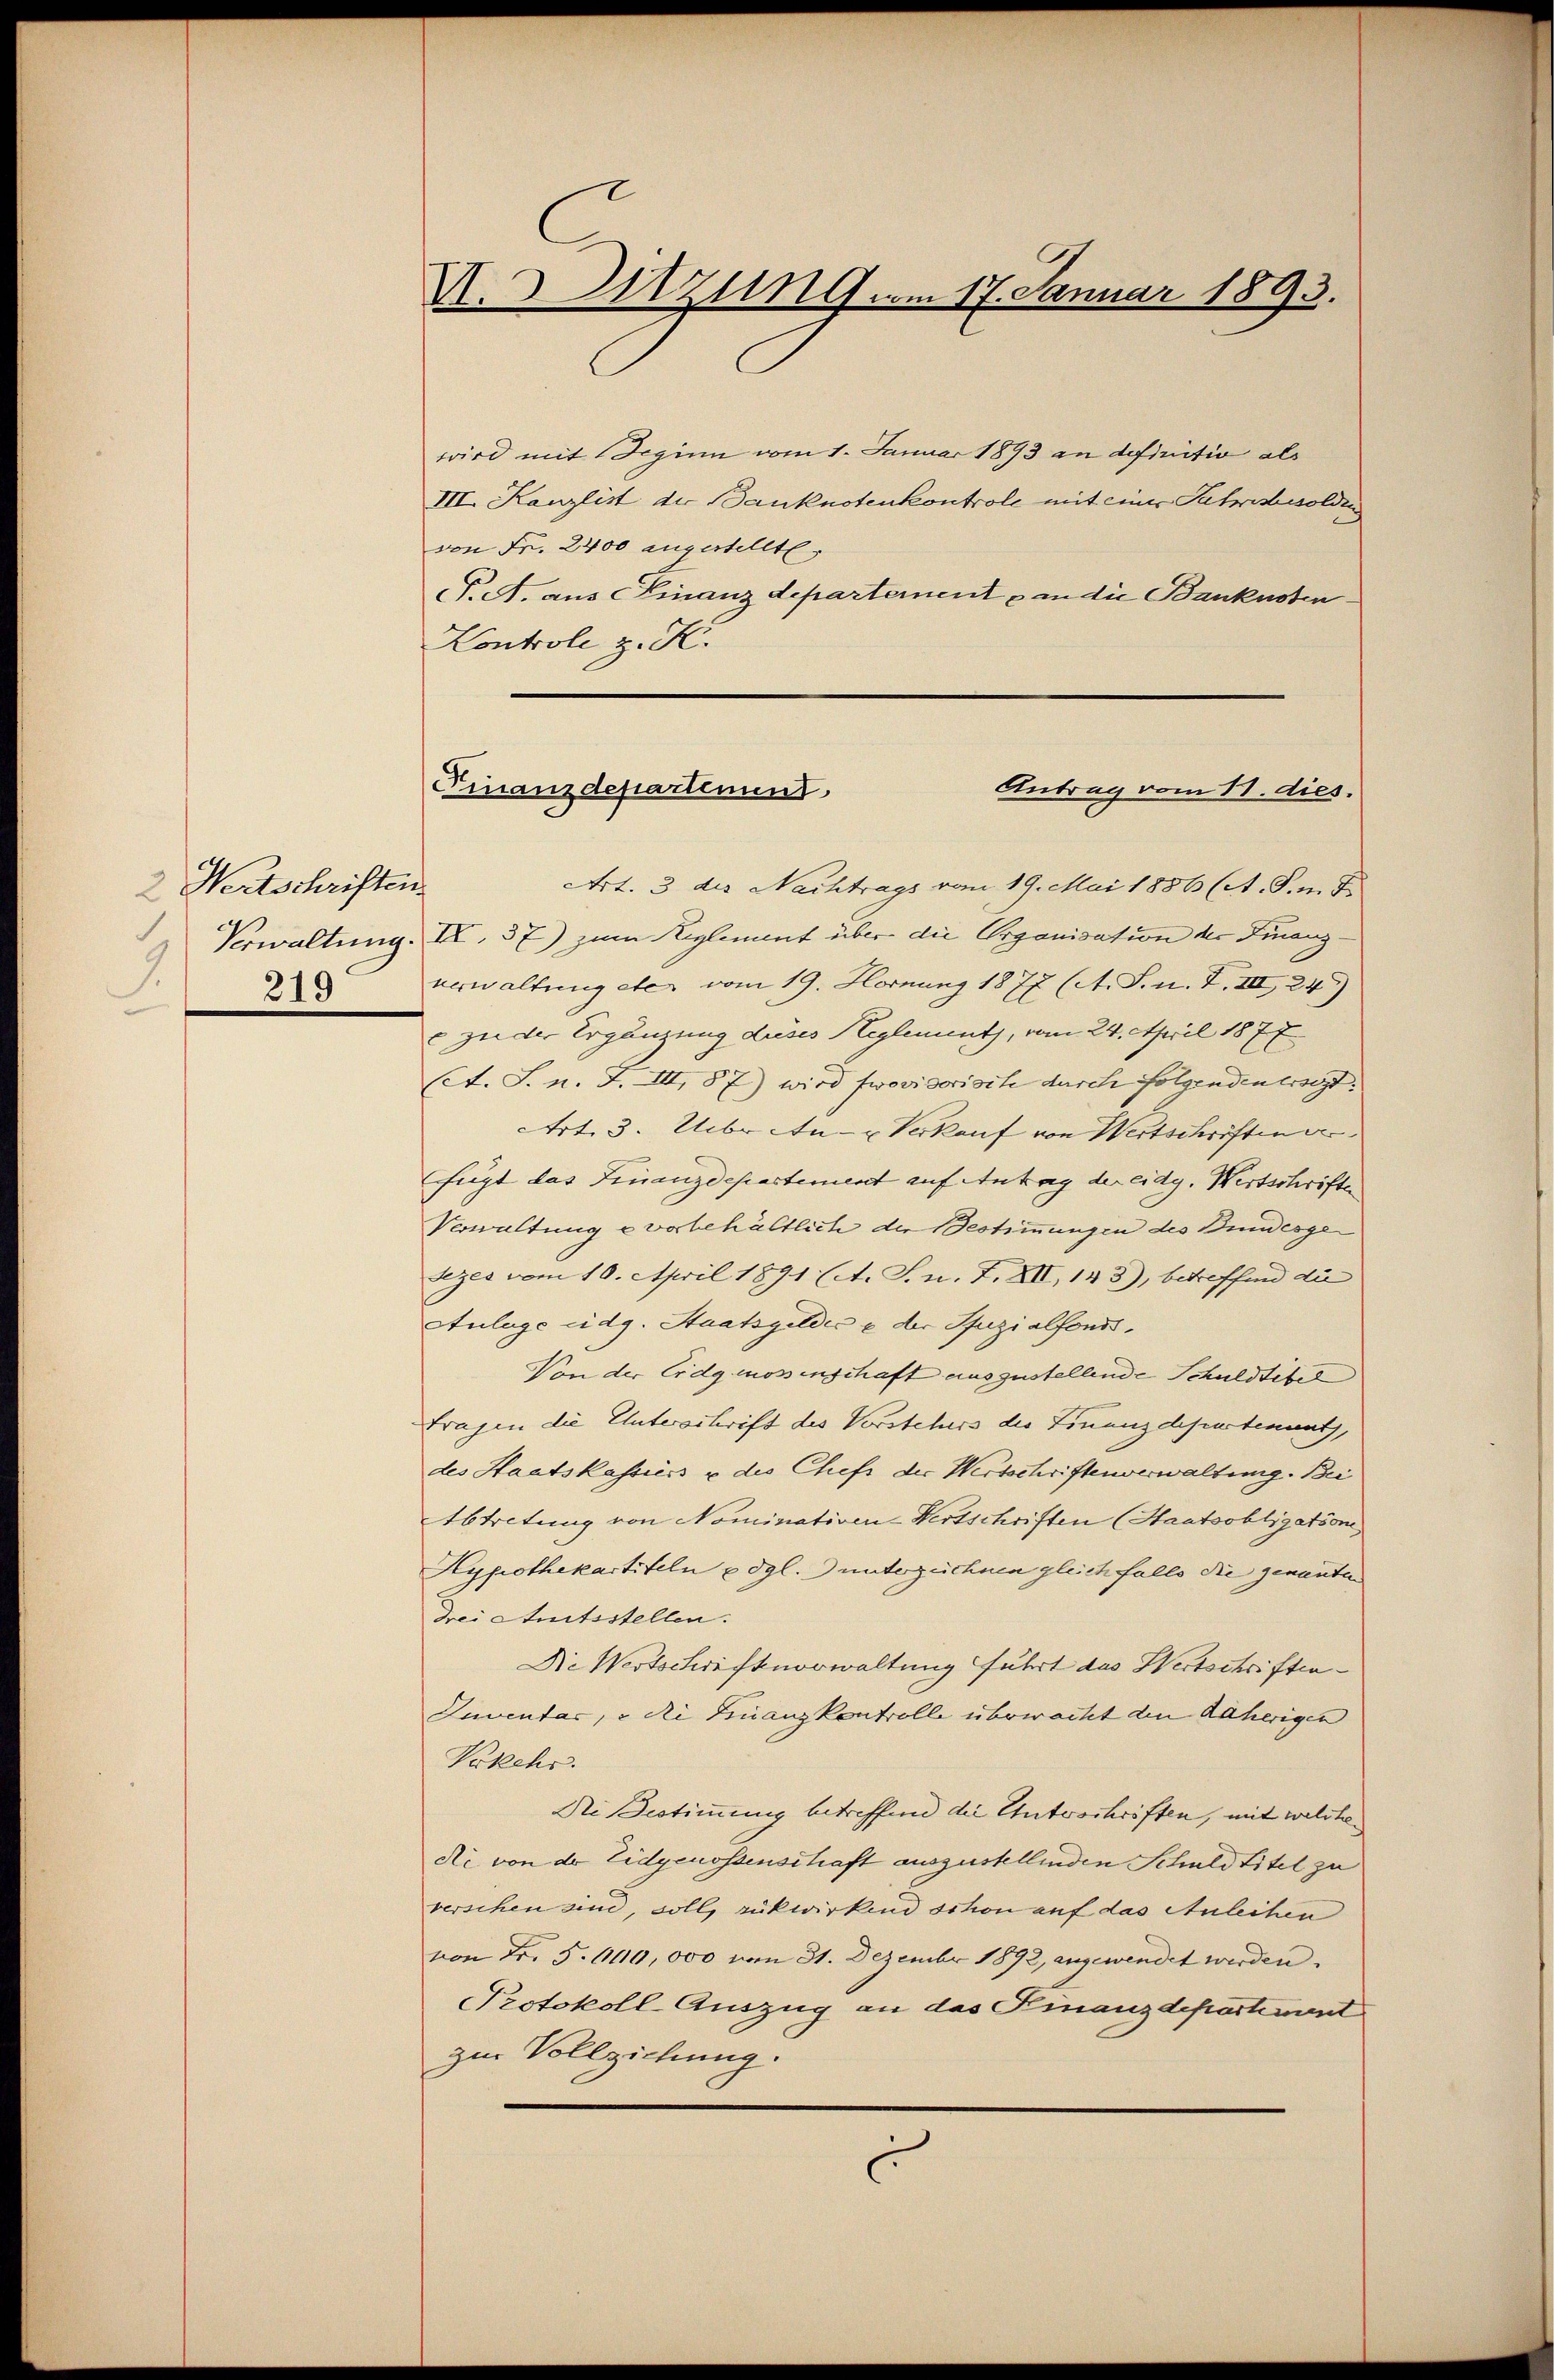
2 Wertschriften

wird mit Deginn vom 1. Januar 1893 an definitiv als
III. Kanzlist der Banknotenkontrole mit einer Jahresbesoldun
von Fr. 2400 angestellte.
T. A. aus Finanzdepartement & an die Banknoten
Kontrole z. K.

Art. 3 des Nachtrags vom 19. Mai 1886 (A. S. m. F
Verwaltung. I, 37) zum Reglement über die Organisation der Finanz¬
2 verwaltung etc. vom 19. Hornung 1877 (A. S. n. F. III 243)
c zu der Ergänzung dieses Heglement, vom 24. April 1877
(ct. S. n. F. III, 87) wird frovisorische durch folgenden erst
Art. 3. Ueber An- Verkauf von Wertschriften g
fügt das Finanzdepartement auf Antrag der eidg. Wirtschrifte
Verwaltung e vorbehältlich die Bestimmungen des Bundesge
Lezes vom 10. April 1891 (A. S. n. F. XII, 143), betreffend die
Anlage eidg. Staatsgeldes u der Pfuzialfonds.
Von der Eidgenossenschaft auszustellende Schuldtitel
Fragen die Unterschrift des Vorstehers des Finanzdepartenants,
des Staatskassiess u. des Chefs der Wertschriftenverwaltung. Bei
Abtretung von Nominativen-Wertschriften (Staatsobligationi
Hypothekartiteln u. dgl. unterzeichnen gleichfalls die genannten
drei Amtsstellen.
Die Wortschrift vorwaltung fuhrt das Wertschriften¬
Inventar, u die Finanzkontrolle überwacht den daherigen
Vorkehr.
Di Bestimmung betreffend die Unterschriften, mit weldtedi von der Eidgenossenschaft auszustellenden Schuldtitel zu
verschen sind, soll, rükwirkend schon auf das Anleihen
von Fr. 5. 6110, 000 vom 31. Dezember 1892, angewendet werden.
Protokoll-Auszug an das Finanzdepartement
zur Vollziehung.
.

VI. Sitzung am 17. Januar 1893.

Antrag vom 11. dies.
Finanzdepartenunt